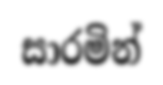
සාරමින්